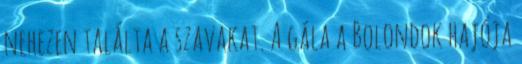
nehezen találta a szavakat. A gála a Bolondok hajója